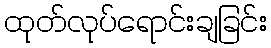
ထုတ်လုပ်ရောင်းချခြင်း